Plague in India, 1896, 1897 - Volume 1
Year: 1896
Disease focus: Plague
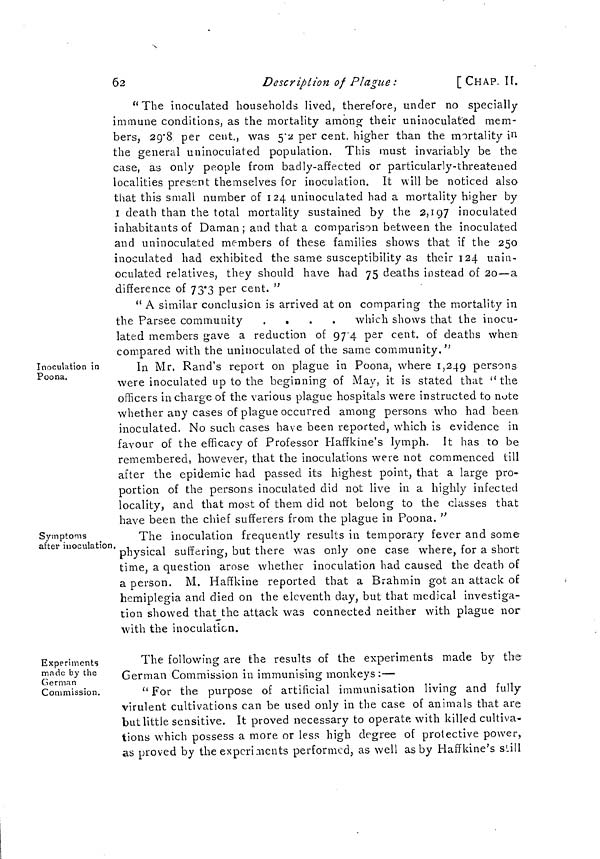
62
Description of Plague :
[CHAP. II.
"The inoculated households lived, therefore, under no specially
immune conditions, as the mortality among their uninoculated mem-
bers, 29·8 per cent., was 5·2 per cent. higher than the mortality in
the general uninoculated population. This must invariably be the
case, as only people from badly-affected or particularly-threatened
localities present themselves for inoculation. It will be noticed also
that this small number of 124 uninoculated had a mortality higher by
I death than the total mortality sustained by the 2,197 inoculated
inhabitants of Daman ; and that a comparison between the inoculated
and uninoculated members of these families shows that if the 250
inoculated had exhibited the same susceptibility as their 124 unin-
oculated relatives, they should have had 75 deaths instead of 20—a
difference of 73·3 per cent. "
" A similar conclusion is arrived at on comparing the mortality in
the Parsee community ....
which shows that the inocu-
lated members gave a reduction of 97·4 per cent. of deaths when
compared with the uninoculated of the same community. "
Inoculation in
Poona.
In Mr. Rand's report on plague in Poona, where 1,249 persons
were inoculated up to the beginning of May, it is stated that " the
officers in charge of the various plague hospitals were instructed to note
whether any cases of plague occurred among persons who had been
inoculated. No such cases have been reported, which is evidence in
favour of the efficacy of Professor Haffkine's lymph. It has to be
remembered, however, that the inoculations were not commenced till
after the epidemic had passed its highest point, that a large pro-
portion of the persons inoculated did not live in a highly infected
locality, and that most of them did not belong to the classes that
have been the chief sufferers from the plague in Poona. "
Symptoms
after inoculation.
The inoculation frequently results in temporary fever and some
physical suffering, but there was only one case where, for a short
time, a question arose whether inoculation had caused the death of
a person. M. Haffkine reported that a Brahmin got an attack of
hemiplegia and died on the eleventh day, but that medical investiga-
tion showed that the attack was connected neither with plague nor
with the inoculation.
Experiments
made by the
German
Commission.
The following are the results of the experiments made by the
German Commission in immunising monkeys :—
" For the purpose of artificial immunisation living and fully
virulent cultivations can be used only in the case of animals that are
but little sensitive. It proved necessary to operate with killed cultiva-
tions which possess a more or less high degree of protective power,
as proved by the experiments performed, as well as by Haffkine's still